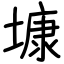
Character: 𡐓